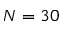
N = 3 0